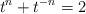
LaTeX: \begin{align*}t^n+t^{-n}=2\end{align*}